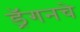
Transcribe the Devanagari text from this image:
ड्रॅगनचे